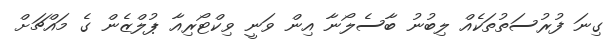
ގިނަ ފުރުސަތުތަކެއް ލިބުނު ބާސެލޯނާ އިން ވަނީ ވިކްޓޯރިއާ ޕުލްޒެން ގެ މައްޗަށް